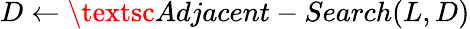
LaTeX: D\gets\textsc{Adjacent-Search}(L,D)